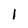
Character: I